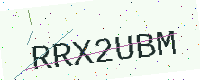
Text: RRX2UBM